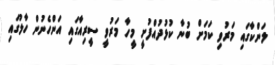
ލަންކާގައި މަރުވި ކަމަށް ބުނާ ކުޅުދުއްފުށީ މީހާ މަރުވީ ސީރިއާގައި އަންހެނުން ހާލުގައި